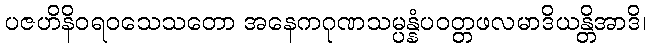
ပဇဟိနိဝရဝသေသတော အနေကဂုဏသမ္ပန္နံပဝတ္တဖလမာဒိယန္တိအာဒိ၊